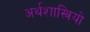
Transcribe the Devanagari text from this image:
अर्थशास्त्रियो